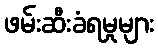
ဖမ်းဆီးခံရမှုများ